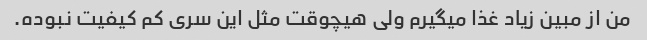
من از مبین زیاد غذا میگیرم ولی هیچوقت مثل این سری کم کیفیت نبوده.